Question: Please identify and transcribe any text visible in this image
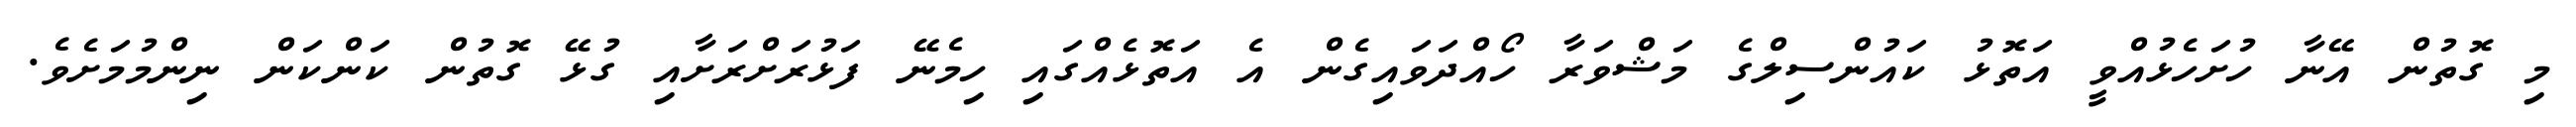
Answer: މި ގޮތުން އޭނާ ހުށަހެޅުއްވީ އަތޮޅު ކައުންސިލްގެ މަޝްވަރާ ހޯއްދަވައިގެން އެ އަތޮޅެއްގައި ހިމެނޭ ފަޅުރަށްރަށާއި ގުޅޭ ގޮތުން ކަންކަން ނިންމުމަށެވެ.